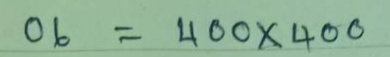
06 = 400 x 400